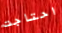
احتاجت